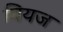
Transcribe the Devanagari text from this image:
वियज